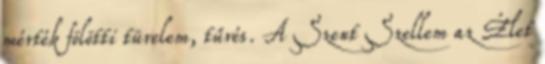
mérték fölötti türelem, tűrés. A Szent Szellem az Élet